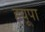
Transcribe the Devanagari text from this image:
ह्‌यूपा